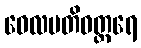
ဝေလမတိဝတ္တရေ